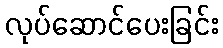
လုပ်ဆောင်ပေးခြင်း